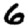
Digit: 6